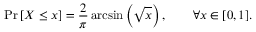
\operatorname* { P r } \left[ X \leq x \right] = { \frac { 2 } { \pi } } \arcsin \left( { \sqrt { x } } \right) , \qquad \forall x \in [ 0 , 1 ] .